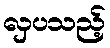
လှပသည့်